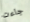
جاءت